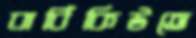
বার্বিকিউতে